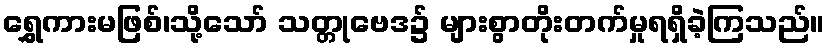
ရွှေကားမဖြစ်၊သို့သော် သတ္တုဗေဒ၌ များစွာတိုးတက်မှုရရှိခဲ့ကြသည်။